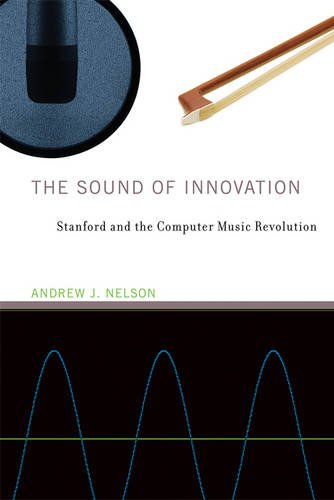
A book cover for The Sound of Innovation: Stanford and the Computer Music Revolution (Inside Technology); Andrew J. Nelson; Computers & Technology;